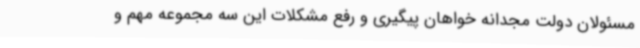
مسئولان دولت مجدانه خواهان پیگیری و رفع مشکلات این سه مجموعه مهم و